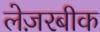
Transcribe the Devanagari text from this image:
लेज़रबीक